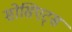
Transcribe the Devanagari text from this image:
सोसिएट्स